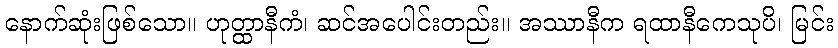
နောက်ဆုံးဖြစ်သော။ ဟုတ္ထာနီကံ၊ ဆင်အပေါင်းတည်း။ အဿာနီက ရထာနီကေသုပိ၊ မြင်း